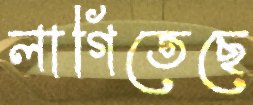
লাগিতেছে